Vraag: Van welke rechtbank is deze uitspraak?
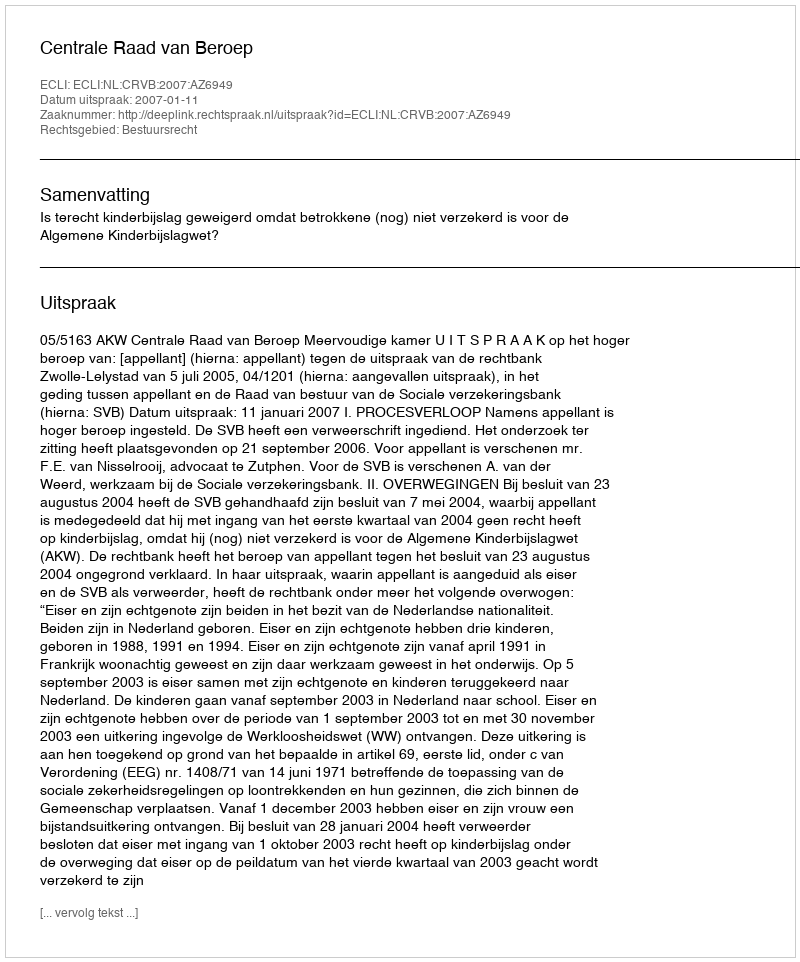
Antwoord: Centrale Raad van Beroep